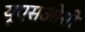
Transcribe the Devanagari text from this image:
यूएसओसी